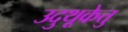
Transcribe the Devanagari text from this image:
उदुथूकेत्तु